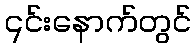
၎င်းနောက်တွင်